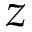
z